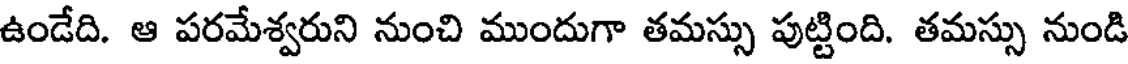
ఉండేది. ఆ పరమేశ్వరుని నుంచి ముందుగా తమస్సు పుట్టింది. తమస్సు నుండి